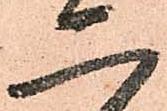
二